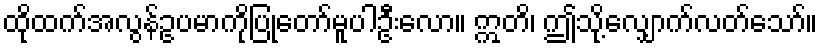
ထိုထက်အလွန်ဥပမာကိုပြုတော်မူပါဦးလော။ ဣတိ၊ ဤသို့လျှောက်လတ်သော်။